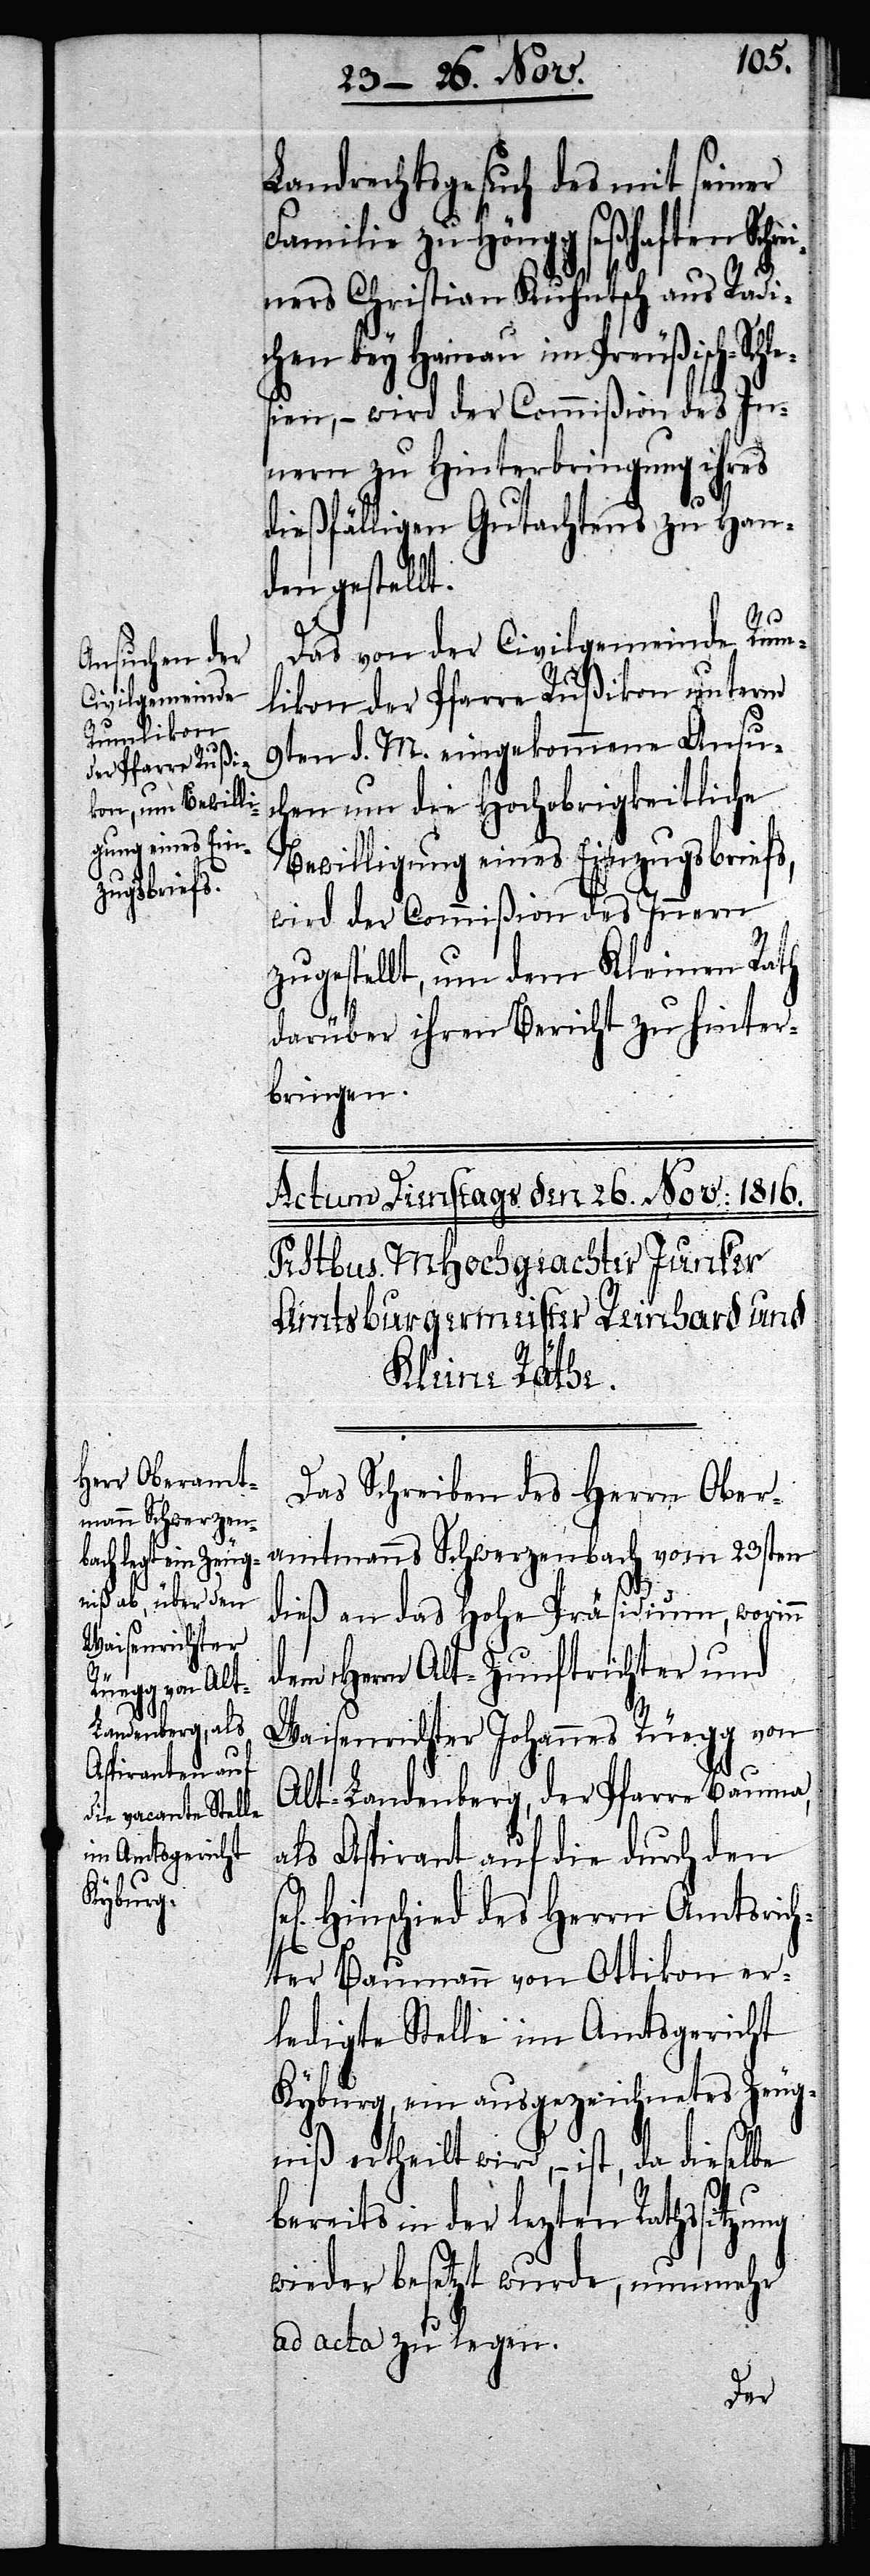
Landrechtsgesuch des mit seiner
Familie zu Höngg seßhaften Schr¬
einers Christian Kuhntsch aus Radi¬
chen bey Heinau im Preußisch-Sch¬
lesien, – wird der Commißion des In¬
nern zu Hinterbringung ihres
dießfälligen Gutachtens zu Han¬
den gestellt.
n
Das von der Civilgemeinde Rum¬
likon der Pfarre Rußikon unterm
9ten d. M. eingekommene Ansu¬
chen um die Hochobrigkeitliche
Bewilligung eines Einzugsbriefs,
wird der Commißion des Innern
zugestellt, um dem Kleinen Rath
darüber ihren Bericht zu hinter¬
bringen.
Das Schreiben des Herrn Ober¬
amtmanns Schwerzenbach vom 23sten
dieß an das Hohe Präsidium, worin¬
dem Herrn Alt-Zunftrichter und
Waisenrichter Johannes Rüegg von
Alt-Landenberg, der Pfarre Bauma,
als Aspirant auf die durch den
Hinschied des Herrn Amtsrich¬
ter Baumann von Ottikon er¬
ledigte Stelle im Amtsgericht
Kyburg, ein ausgezeichnetes Zeug¬
niß ertheilt wird, – ist, da dieselbe
bereits in der lezten Rathssitzung
wieder besetzt wurde, nunmehr
ad acta zu legen.